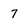
Character: 7